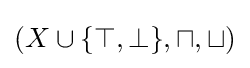
(X\cup \{\top ,\bot \},\sqcap ,\sqcup )